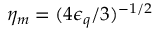
\eta _ { m } = ( 4 \epsilon _ { q } / 3 ) ^ { - 1 / 2 }